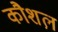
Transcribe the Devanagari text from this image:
कौशल़